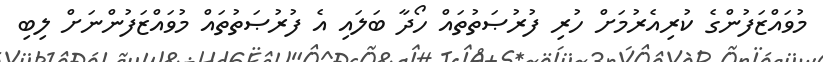
މުވައްޒަފުންގެ ކުރިއެރުމަށް ހުރި ފުރުޞަތުތައް ހޯދާ ބަލައި އެ ފުރުޞަތުތައް މުވައްޒަފުންނަށް ލިބި